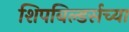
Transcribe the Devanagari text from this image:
शिपबिल्डर्सच्या